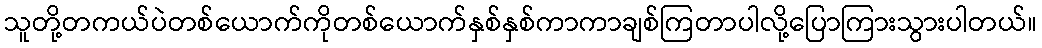
သူတို့တကယ်ပဲတစ်ယောက်ကိုတစ်ယောက်နှစ်နှစ်ကာကာချစ်ကြတာပါလို့ပြောကြားသွားပါတယ်။